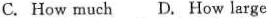
C. How much D. How large